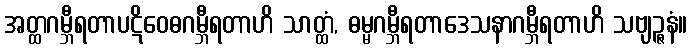
အတ္ထဂမ္ဘီရတာပဋိဝေဓဂမ္ဘီရတာဟိ သာတ္ထံ, ဓမ္မဂမ္ဘီရတာဒေသနာဂမ္ဘီရတာဟိ သဗျဉ္ဇနံ။